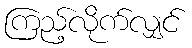
ကြည့်လိုက်လျှင်